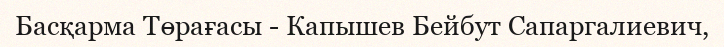
Басқарма Төрағасы - Капышев Бейбут Сапаргалиевич,